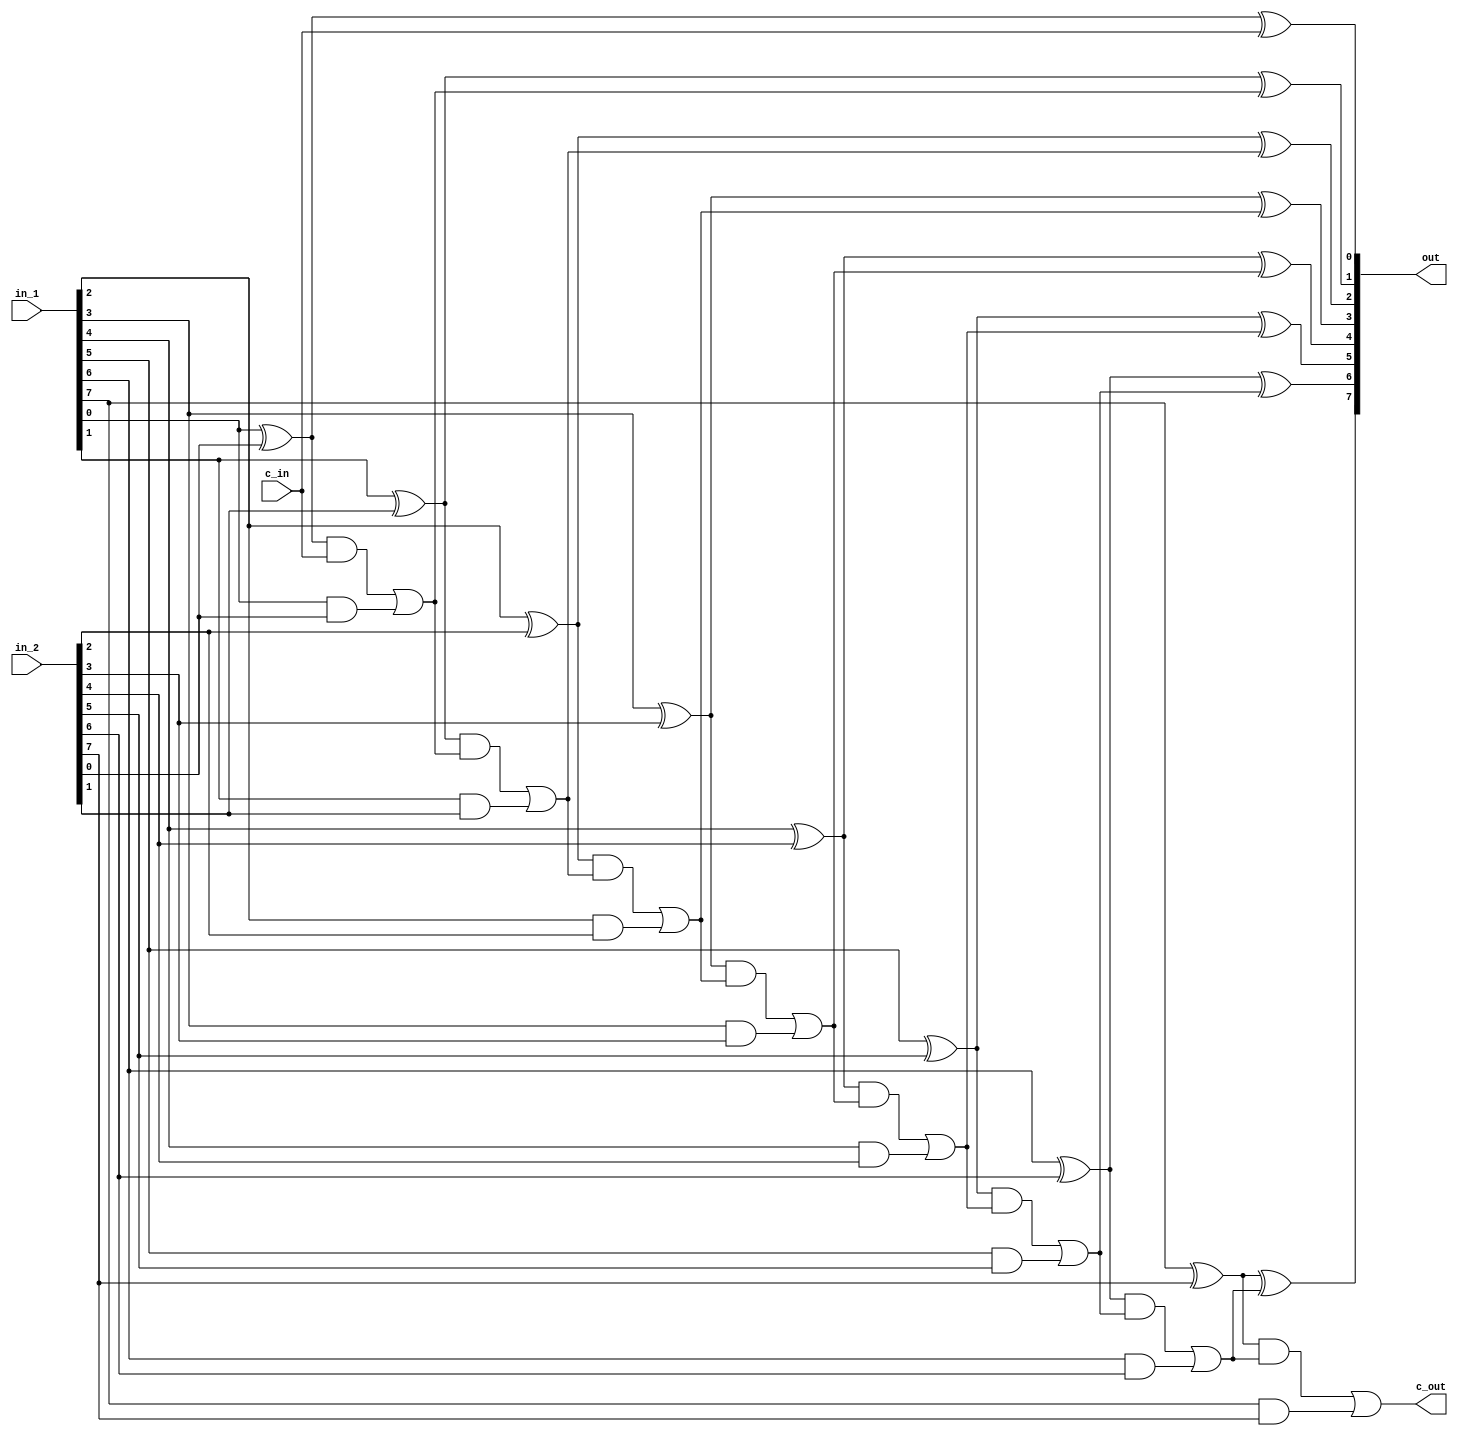
/*
 * This IP is the synthetizable adder with carry in implementation.
 * 
 * Copyright (C) 2017  Iulian Gheorghiu
 * 
 * This program is free software; you can redistribute it and/or
 * modify it under the terms of the GNU General Public License
 * as published by the Free Software Foundation; either version 2
 * of the License, or (at your option) any later version.
 * 
 * This program is distributed in the hope that it will be useful,
 * but WITHOUT ANY WARRANTY; without even the implied warranty of
 * MERCHANTABILITY or FITNESS FOR A PARTICULAR PURPOSE.  See the
 * GNU General Public License for more details.
 * 
 * You should have received a copy of the GNU General Public License
 * along with this program; if not, write to the Free Software
 * Foundation, Inc., 51 Franklin Street, Fifth Floor, Boston, MA  02110-1301, USA.
 */

`timescale 1ns / 1ps

module add_w_carry # (
	parameter WIDTH = 8)(
		input c_in,
		input [WIDTH-1:0]in_1,
		input [WIDTH-1:0]in_2,
		output [WIDTH-1:0]out,
		output c_out
    );
wire [WIDTH-1:0]carry;
wire [WIDTH-1:0]p;
wire [WIDTH-1:0]r;
wire [WIDTH-1:0]s;
assign c_out = carry[WIDTH-1];
genvar count_generate;
generate
	for (count_generate = 0; count_generate < WIDTH; count_generate = count_generate + 1)
	begin: ADD
		xor (p[count_generate], in_1[count_generate], in_2[count_generate]);
		xor (out[count_generate], p[count_generate], count_generate ? carry[count_generate - 1] : c_in);
	 
		and(r[count_generate], p[count_generate], count_generate ? carry[count_generate - 1] : c_in);
		and(s[count_generate], in_1[count_generate], in_2[count_generate]);
		or(carry[count_generate], r[count_generate], s[count_generate]);

	end
endgenerate
endmodule